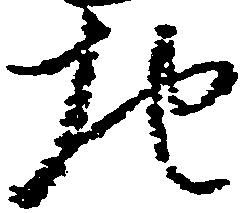
地